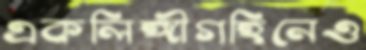
একলিঙ্গীগহিনেও